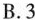
B.3